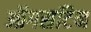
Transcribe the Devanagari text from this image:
ऑगसटिन